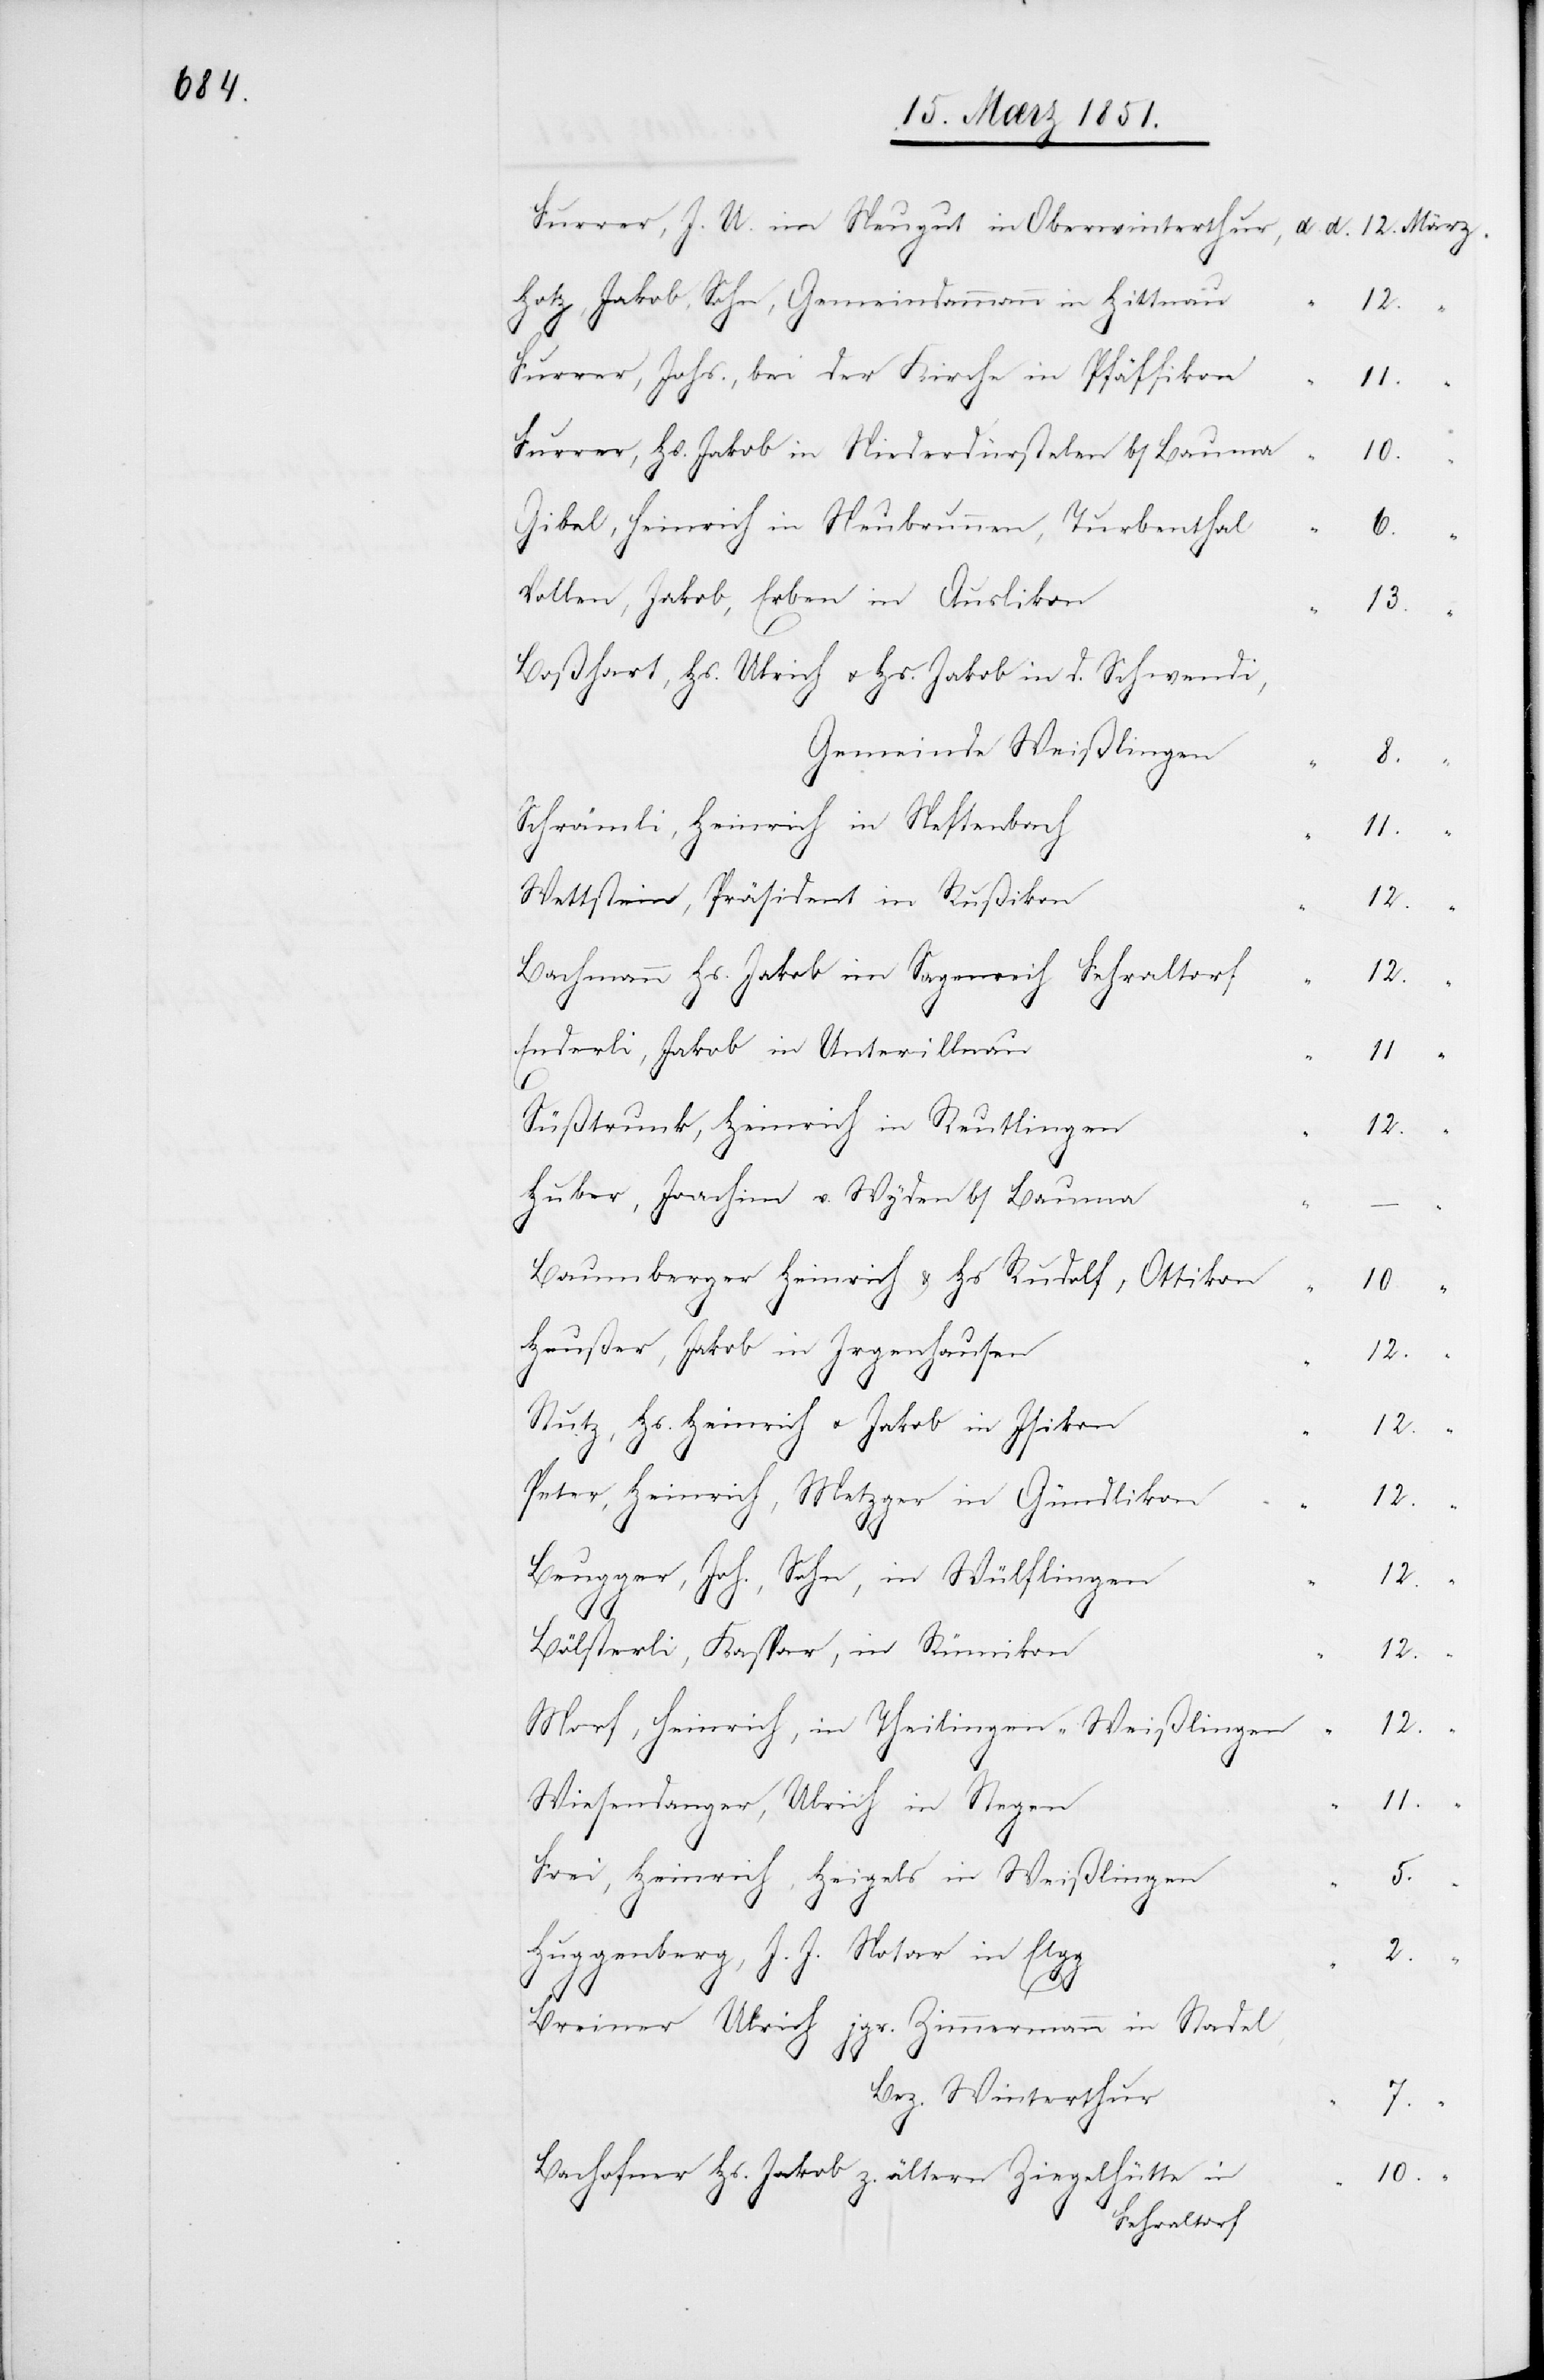
Hotz, Jakob, Sohn, Gemeindammann in Hittnau
12.
“
Furrer, Johs., bei der Kirche in Pfäffikon
11.
“
Furrer, Hs. Jakob in Niederdürstelen b/Bauma
10.
Gibel, Heinrich in Neubrunnen, Turbenthal
6.
Vollen, Jakob, Erben in Auslikon
13.
“
Boßhart, Hs. Ulrich u. Hs. Jakob in d. Schwendi,
Gemeinde Weißlingen
8.
Schrämli, Heinrich in Neftenbach
11.
Wettstein, Präsident in Rußikon
12.
Bachmann Hs. Jakob im Sagenreih Fehraltorf
12.
Enderli, Jakob in Unterillnau
11
“
Süßtrunk, Heinrich in Reutlingen
12.
Huber, Joachim v. Wyden b/Bauma
Baumberger Heinrich & Hs Rudolf, Ottikon
10.
Heußer, Jakob in Irgenhausen
12.
Stutz, Hs. Heinrich u. Jakob in Isikon
12.
Peter, Heinrich, Metzger in Gündlikon
12.
Beugger, Joh., Sohn, in Wülflingen
12.
Bölsterli, Kaspar, in Rümikon
12.
Morf, Heinrich, in Theilingen-Weißlingen
12.
Wiesendanger, Ulrich in Stegen
Frei, Heinrich, Heigels in Weißlingen
5.
2.
Huggenberg, J. J. Notar in Elgg
Breiner Ulrich jgr. Zimmermann in Stadel,
Bez. Winterthur
7.
“
Bachofner Hs. Jakob z. ältern Ziegelhütte in
10.
Fehraltorf

“